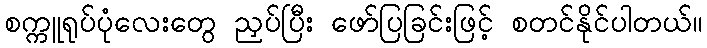
စက္ကူရုပ်ပုံလေးတွေ ညှပ်ပြီး ဖော်ပြခြင်းဖြင့် စတင်နိုင်ပါတယ်။